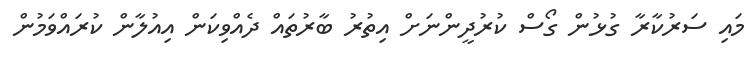
މައި ސަރުކާރާ ގުޅުން ގޯސް ކުރުދީންނަށް އިތުރު ބާރުތައް ދެއްވިކަން އިއުލާން ކުރައްވަމުން